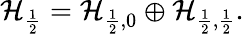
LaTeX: \mathcal{H}_{\frac{1}{2}}=\mathcal{H}_{\frac{1}{2},0}\oplus\mathcal{H}_{\frac{1}{2},\frac{1}{2}}.